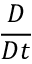
\frac { D } { D t }